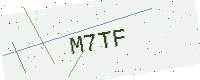
Text: M7TF